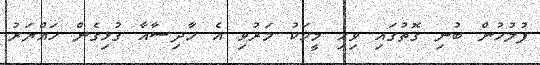
ފުލުހުން ބުނި ގޮތުގައި ވިހި މީހަކު މަރުވި އެ ހާދިސާއާ ގުޅިގެން ހައްޔަރު